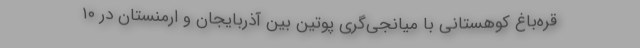
قره‌باغ کوهستانی با میانجی‌گری پوتین بین آذربایجان و ارمنستان در ۱۰